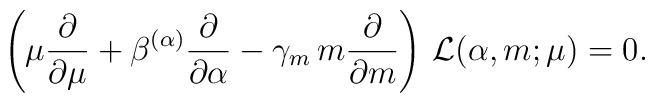
\left( \mu\frac{\partial}{\partial\mu} + \beta^{(\alpha)}    \frac{\partial}{\partial \alpha} -\gamma_m\,    m\frac{\partial}{\partial m} \right)\, {\cal    L}(\alpha,m;\mu)=0.